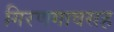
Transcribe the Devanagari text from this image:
गिरणगावसह